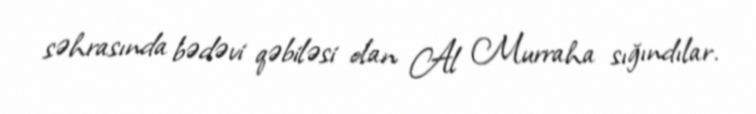
səhrasında bədəvi qəbiləsi olan Al Murraha sığındılar.